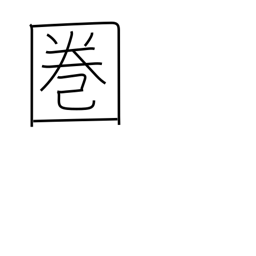
Meaning: range